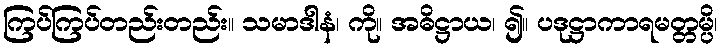
ကြပ်ကြပ်တည်းတည်း။ သမာဒါနံ၊ ကို။ အဓိဋ္ဌာယ၊ ၍။ ပဒုဋ္ဌာကာရမတ္တမ္ပိ၊